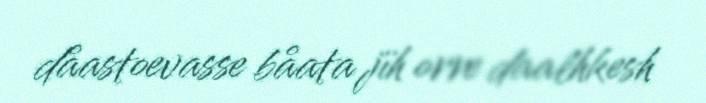
dåastoevasse båata jïh orre daalhkesh